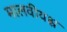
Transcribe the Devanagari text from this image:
मालवीयश्च